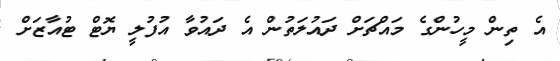
އެ ތިން މީހުންގެ މައްޗަށް ދައުލަތުން އެ ދައުވާ އުފުލީ ޔޮޓް ޓުއާޒަށް